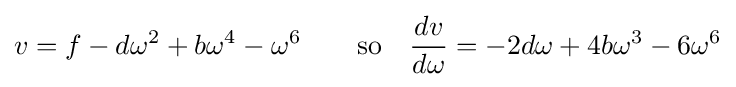
v=f-d\omega ^{2}+b\omega ^{4}-\omega ^{6}\qquad {\text{so}}\quad {\frac {dv}{d\omega }}=-2d\omega +4b\omega ^{3}-6\omega ^{6}